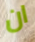
ان